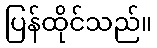
ပြန်ထိုင်သည်။